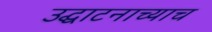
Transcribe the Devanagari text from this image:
उद्घाटनाच्याच